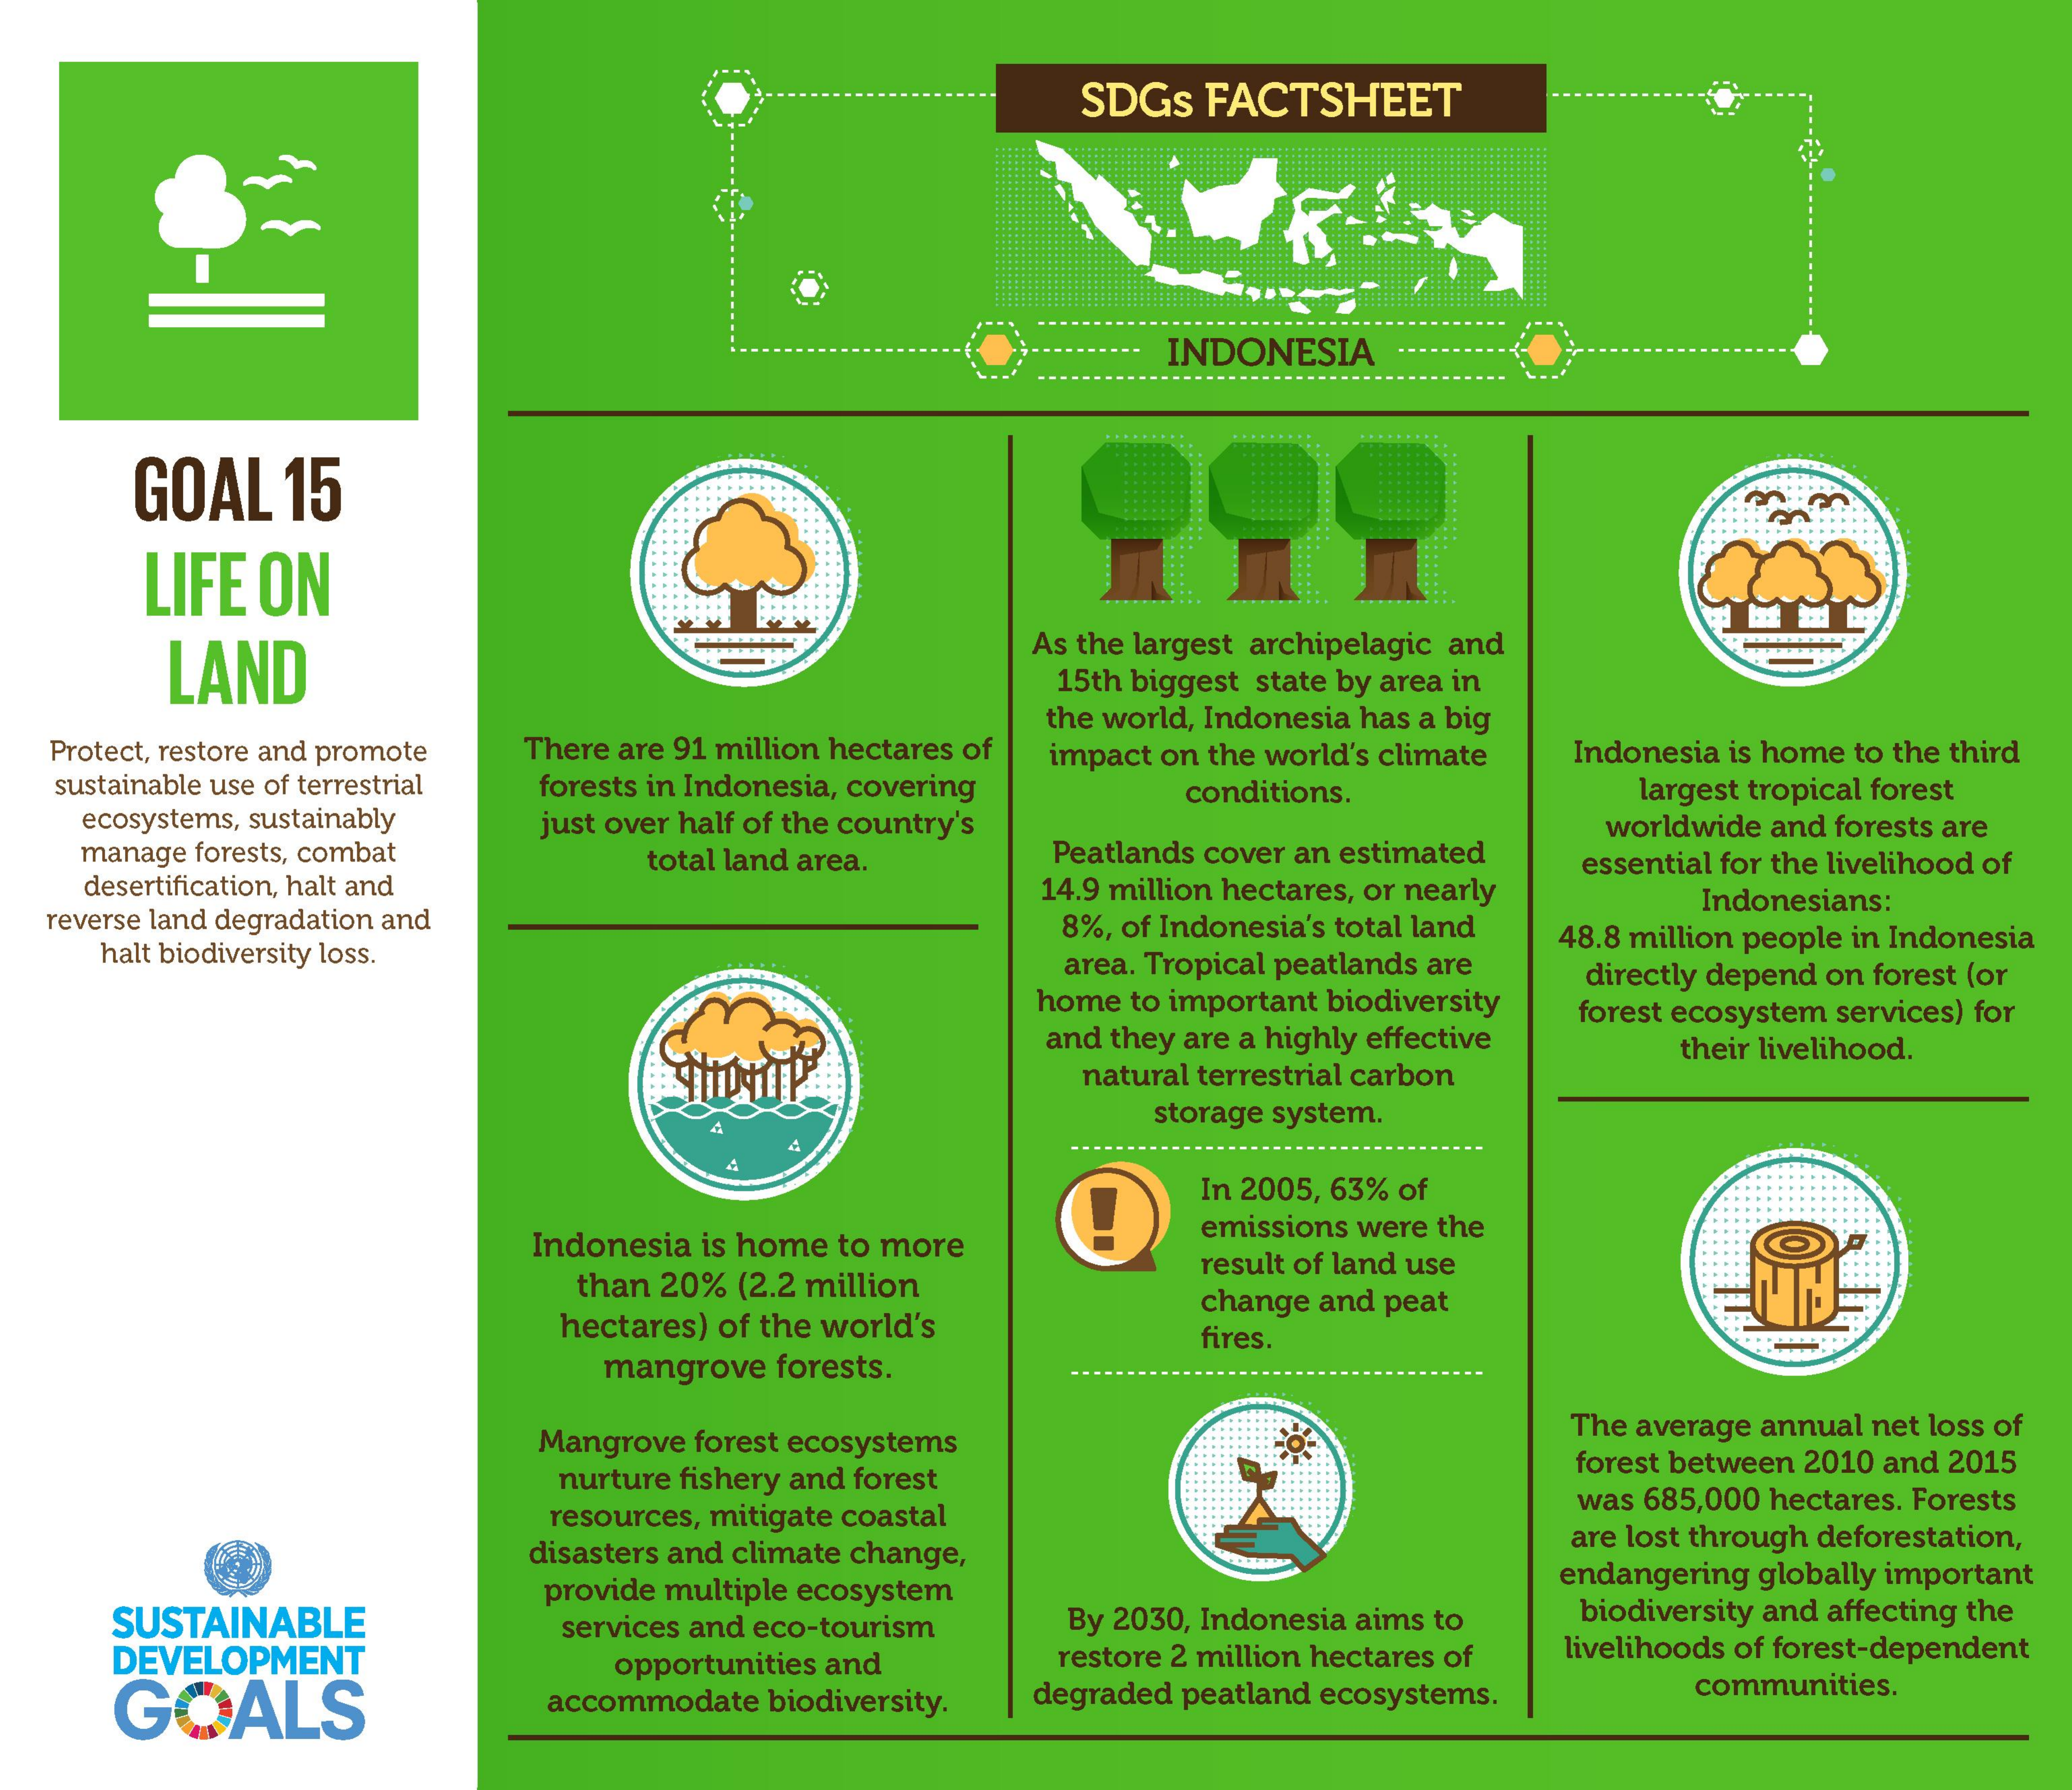
SDGs FACTSHEET
     INDONESIA
     GOAL   15
     LIFE ON
     LAND
     As the largest archipelagic and
     15th biggest state by area in
     There are 91 million hectares of
     the world, Indonesia has a big
   Protect, restore and promote    Indonesia is home to the third
   sustainable use of terrestrial forests in Indonesia, covering
     impact on the world's climate
     largest tropical forest
    ecosystems, sustainably
    manage forests, combat
     just over half of the country's
     conditions.
     total land area.    Peatlands cover an estimated
     worldwide and forests are
     desertification, halt and
   reverse land degradation and
     14.9 million hectares, or nearly
     essential for the livelihood of
     halt biodiversity loss.
     8%, of Indonesia's total land
     Indonesians:
     area. Tropical peatlands are
     48.8 million people in Indonesia
     home to important biodiversity
     directly depend on forest (or
     and they are a highly effective
     forest ecosystem services) for
     natural terrestrial carbon
     their livelihood.
     4
     storage system.
     In 2005, 63% of
     Indonesia is home to more    emissions were the
     than 20% (2.2 million
     result of land use
     hectares) of the world's
     change and peat
     mangrove forests.
     fires.
     Mangrove forest ecosystems
     The average annual net loss of
     nurture fishery and forest    forest between 2010 and 2015
     resources, mitigate coastal    was 685,000 hectares. Forests
     disasters and climate change,    are lost through deforestation,
     provide multiple ecosystem    endangering globally important
     SUSTAINABLE    By 2030, Indonesia aims to
     DEVELOPMENT
     services and eco-tourism    biodiversity and affecting the
     opportunities and    restore 2 million hectares of livelihoods of forest-dependent
     GOALS    accommodate biodiversity. degraded peatland ecosystems.  communities.